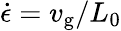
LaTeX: \dot{\epsilon}=v_{\mathrm{g}}/L_{0}